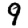
Digit: 9